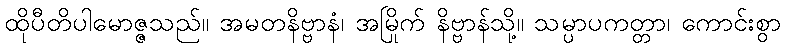
ထိုပီတိပါမောဇ္ဇသည်။ အမတနိဗ္ဗာနံ၊ အမြိုက် နိဗ္ဗာန်သို့။ သမ္ပာပကတ္တာ၊ ကောင်းစွာ